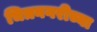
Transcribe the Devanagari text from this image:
चित्रनगरीच्या